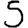
Digit: 5